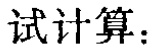
试计算：